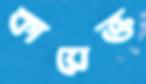
কায়েক্ত